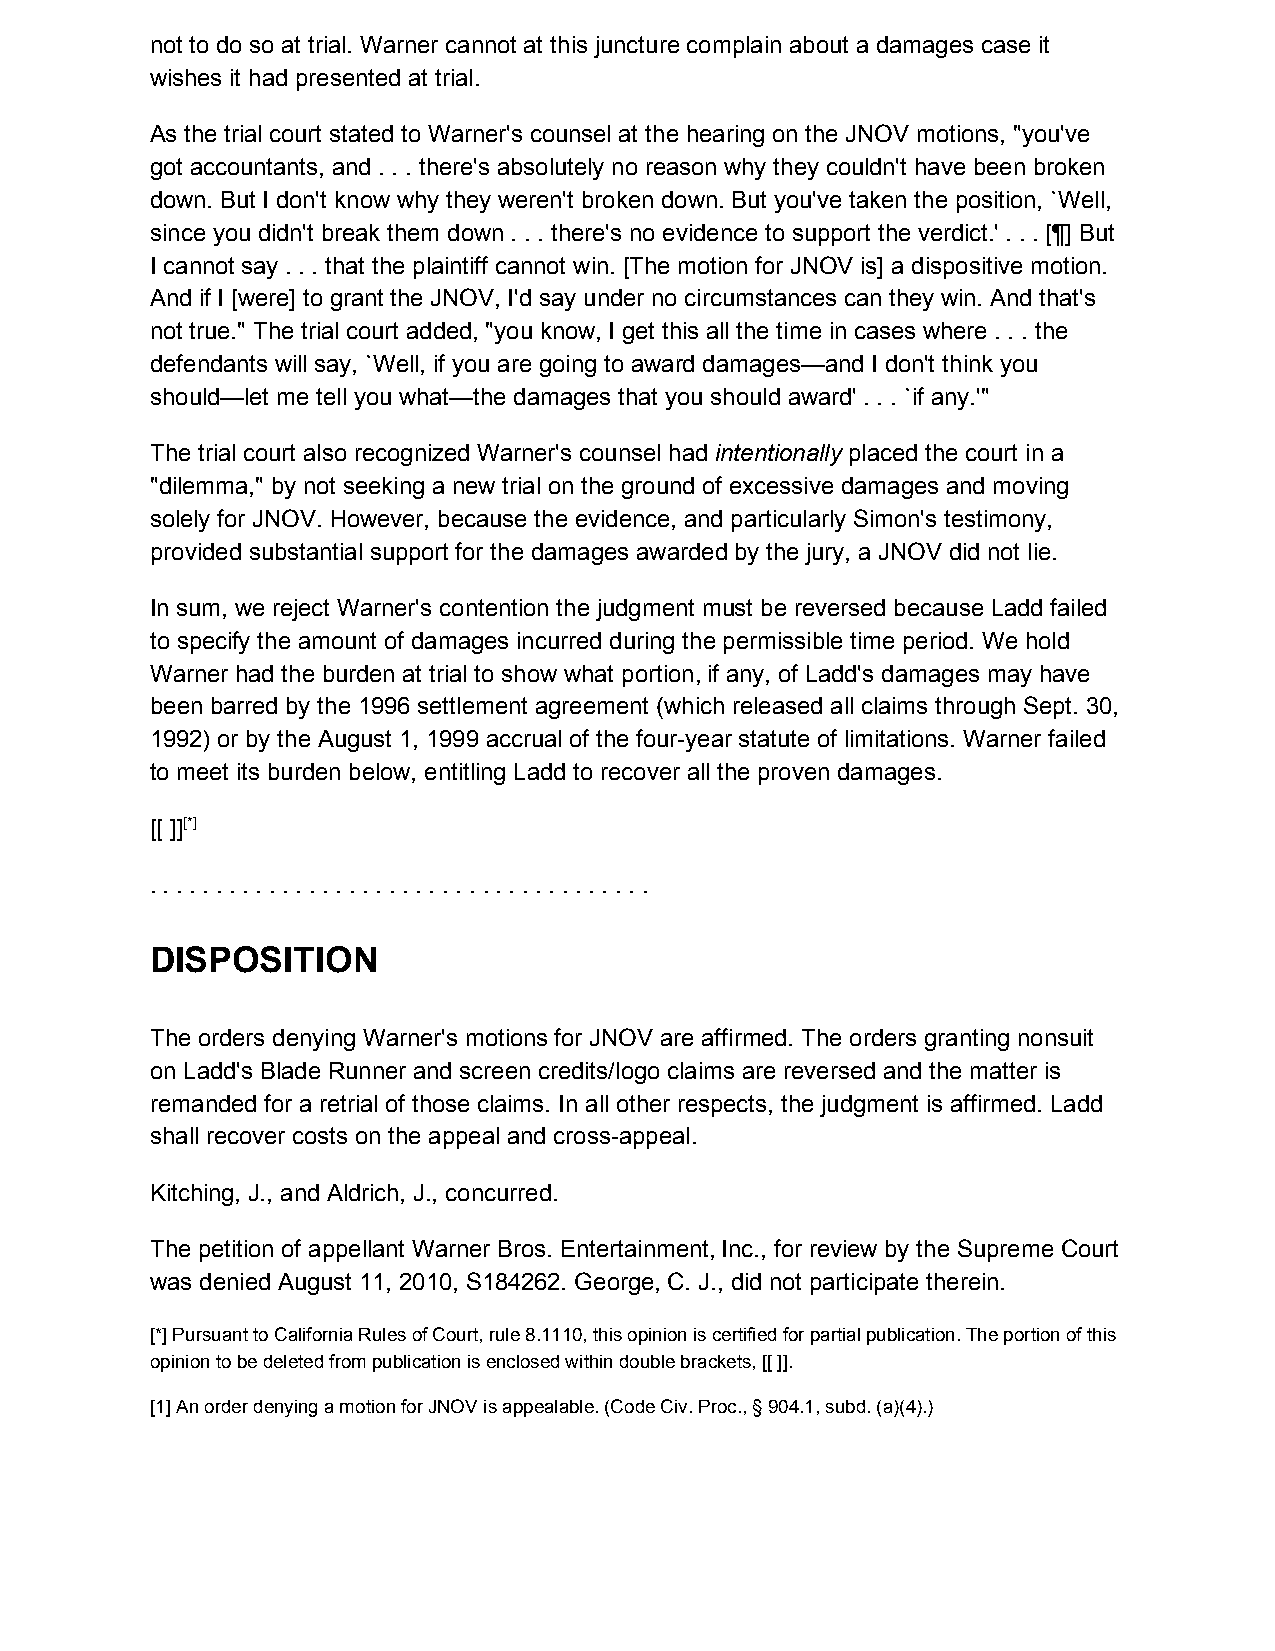
not to do so at trial. Warner cannot at this juncture complain about a damages case it
 wishes it had presented at trial.
 As the trial court stated to Warner's counsel at the hearing on the JNOV motions, "you've
 got accountants, and . . . there's absolutely no reason why they couldn't have been broken
 down. But I don't know why they weren't broken down. But you've taken the position, `Well,
 since you didn't break them down . . . there's no evidence to support the verdict.' . . . [¶] But
 I cannot say . . . that the plaintiff cannot win. [The motion for JNOV is] a dispositive motion.
 And if I [were] to grant the JNOV, I'd say under no circumstances can they win. And that's
 not true." The trial court added, "you know, I get this all the time in cases where . . . the
 defendants will say, `Well, if you are going to award damages—and I don't think you
 should—let me tell you what—the damages that you should award' . . . `if any.'"
 The trial court also recognized Warner's counsel had intentionally placed the court in a
 ​       ​
 "dilemma," by not seeking a new trial on the ground of excessive damages and moving
 solely for JNOV. However, because the evidence, and particularly Simon's testimony,
 provided substantial support for the damages awarded by the jury, a JNOV did not lie.
 In sum, we reject Warner's contention the judgment must be reversed because Ladd failed
 to specify the amount of damages incurred during the permissible time period. We hold
 Warner had the burden at trial to show what portion, if any, of Ladd's damages may have
 been barred by the 1996 settlement agreement (which released all claims through Sept. 30,
 1992) or by the August 1, 1999 accrual of the four-year statute of limitations. Warner failed
 to meet its burden below, entitling Ladd to recover all the proven damages.
 [[ ]][*]
 ​
 . . . . . . . . . . . . . . . . . . . . . . . . . . . . . . . . . . . . . .
 DISPOSITION
 The orders denying Warner's motions for JNOV are affirmed. The orders granting nonsuit
 on Ladd's Blade Runner and screen credits/logo claims are reversed and the matter is
 remanded for a retrial of those claims. In all other respects, the judgment is affirmed. Ladd
 shall recover costs on the appeal and cross-appeal.
 Kitching, J., and Aldrich, J., concurred.
 The petition of appellant Warner Bros. Entertainment, Inc., for review by the Supreme Court
 was denied August 11, 2010, S184262. George, C. J., did not participate therein.
 [*] Pursuant to California Rules of Court, rule 8.1110, this opinion is certified for partial publication. The portion of this
 opinion to be deleted from publication is enclosed within double brackets, [[ ]].
 [1] An order denying a motion for JNOV is appealable. (Code Civ. Proc., § 904.1, subd. (a)(4).)